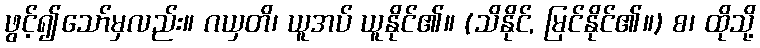
ဖွင့်၍သော်မှလည်း။ ဂယှတိ၊ ယူအပ် ယူနိုင်၏။ (သိနိုင်, မြင်နိုင်၏။) စ၊ ထိုသို့